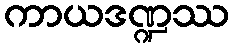
ကာယဒဏ္ဍဿ